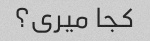
کجا میری؟